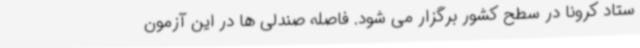
ستاد کرونا در سطح کشور برگزار می شود. فاصله صندلی ها در این آزمون